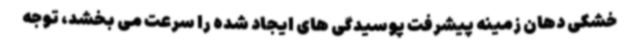
خشکی دهان زمینه پیشرفت پوسیدگی های ایجاد شده را سرعت می بخشد، توجه